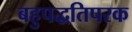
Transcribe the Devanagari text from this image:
बहुपद्धतिपरक